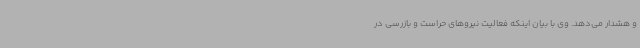
و هشدار می‌دهد. وی با بیان اینکه فعالیت نیروهای حراست و بازرسی در